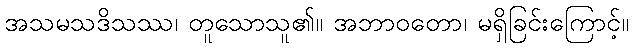
အသမသဒိသဿ၊ တူသောသူ၏။ အဘာဝတော၊ မရှိခြင်းကြောင့်။